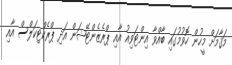
މަޤާމަށް މީހުން ހޮވުމުގައި ބާއްވާ އިންޓަވިއު އާއި ޕްރެޒެންޓޭޝަން އަދި ޕްރެކްޓިކަލްސް އާއި